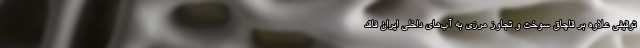
توقیفی علاوه بر قاچاق سوخت و تجاوز مرزی به آب‌های داخلی ایران فاقد